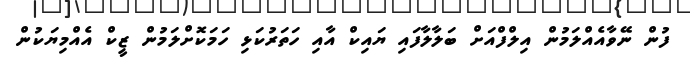
ފުން ނޭވާއެއްލަމުން އިލްފްއަށް ބަލާލާފައި ޔައިކް އާއި ހަތަރުކަޅި ހަމަކޮށްލަމުން ޒީކް އެއްމިޔަކުން